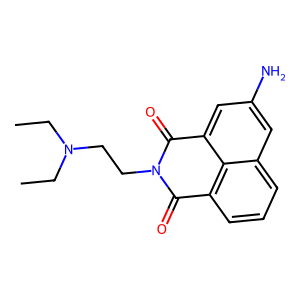
SMILES: CCN(CC)CCN1C(=O)c2cccc3cc(N)cc(c23)C1=O
Inhibits HIV replication: No